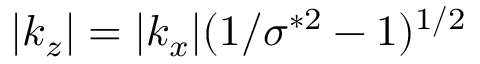
| k _ { z } | = | k _ { x } | ( 1 / \sigma ^ { * 2 } - 1 ) ^ { 1 / 2 }